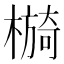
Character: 𣚂